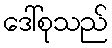
ဒေါ်စုသည်